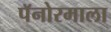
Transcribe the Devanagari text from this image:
पॅनोरमाला